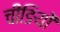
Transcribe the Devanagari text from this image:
चीङियों